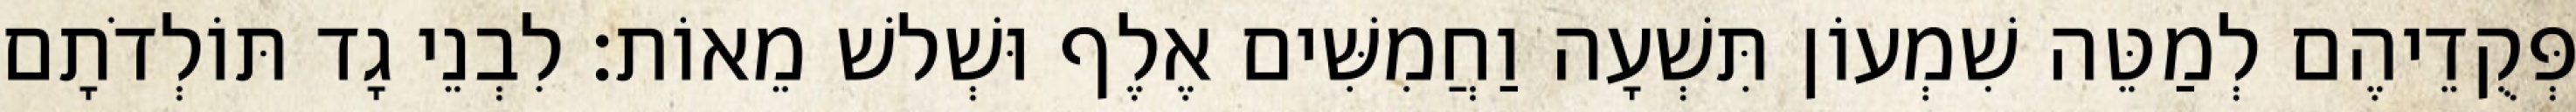
פְּקֻדֵיהֶם לְמַטֵּה שִׁמְעוֹן תִּשְׁעָה וַחֲמִשִּׁים אֶלֶף וּשְׁלשׁ מֵאוֹת׃ לִבְנֵי גָד תּוֹלְדֹתָם